Annual report of the Punjab Veterinary College and of the Civil Veterinary Department, Punjab - 1926-1932
Year: 1926
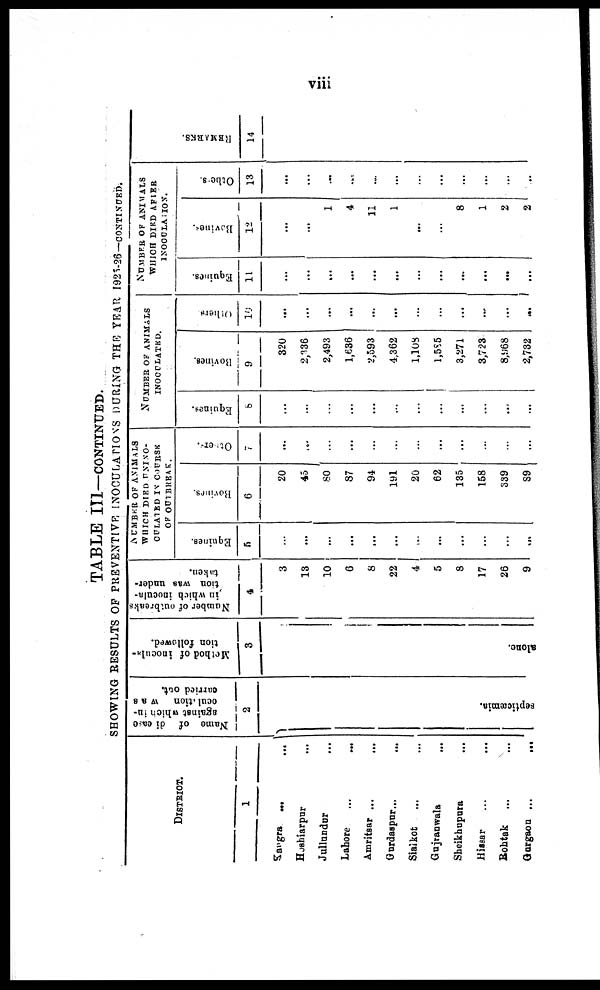
viii
TABLE III-—CONTINUED.
SHOWING RESULTS OF PREVENTIVE INOCULATIONS DURING THE YEAR 1925-26-CONTINUED.
DISTRICT.
1
Kangra ... ...
Hoshiarpur ...
Jullundur ...
Lahore
...
...
Amritsar ... ...
Gordaspur... ...
Sialkot
... ...
Gujranwala ...
Sheikhupura ...
Hissar
... ...
Rohtak
... ...
Gurgaon ...
...
Name of diease
against which in-
oculuation
was
carried out.
2
septicæmia.
Method of inocula-
tion followed.
3
alone.
Number of outbreaks
in
which inocula-
tion
was under-
taken.
4
3
13
10
6
8
22
4
5
8
17
26
9
NUMBER OF ANIMALS
WHICH DIED
UNINO-
OULATED IV COURSR
OF OUTBREAK.
Equines.
5
...
...
...
...
...
...
...
...
...
...
...
...
Bovines.
6
20
45
80
87
94
191
20
62
135
168
839
89
Other.
7
...
...
...
...
...
...
...
...
...
...
...
...
NUMBER OF ANIMALS
INOCULATED.
Equines.
8
...
...
...
...
...
...
...
...
...
...
...
...
Bovines.
9
320
2,136
2,493
1,686
2,593
4,362
1,108
1,586
3,271
3,723
8,968
2,732
Others
10
...
...
...
...
...
...
...
...
...
...
...
...
NUMBER OF ANIMALS
WHICH DIRD AFIER
INOCULAITON.
Equines.
11
...
...
...
...
...
...
...
...
...
...
...
...
Bovines.
12
...
...
1
4
11
1
...
...
8
1
2
2
Others.
13
...
...
...
...
...
...
...
...
...
...
...
...
REMARKS.
14